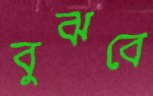
বুঝবে